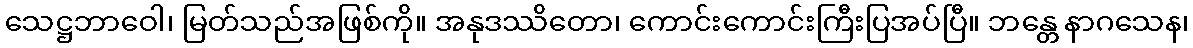
သေဋ္ဌဘာဝေါ၊ မြတ်သည်အဖြစ်ကို။ အနုဒဿိတော၊ ကောင်းကောင်းကြီးပြအပ်ပြီ။ ဘန္တေ နာဂသေန၊